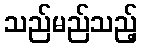
သည်မည်သည့်